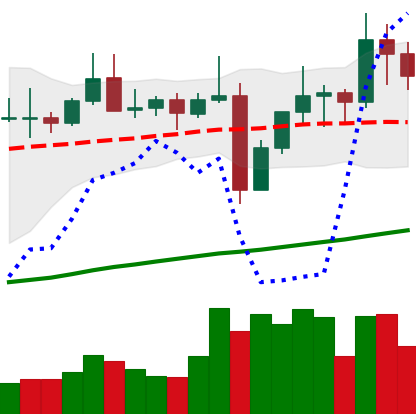
Ticker: TRX-USD
Chart end date: 2021-11-04
Forward return: 10.641%
Label: up_7plus